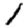
Digit: 1